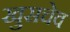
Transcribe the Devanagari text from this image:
खुसचेव